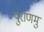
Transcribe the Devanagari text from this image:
पुराणमु